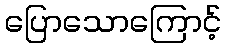
ပြောသောကြောင့်